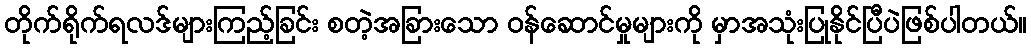
တိုက်ရိုက်ရလဒ်များကြည့်ခြင်း စတဲ့အခြားသော ဝန်ဆောင်မှုများကို မှာအသုံးပြုနိုင်ပြီပဲဖြစ်ပါတယ်။